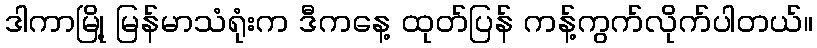
ဒါကာမြို့ မြန်မာသံရုံးက ဒီကနေ့ ထုတ်ပြန် ကန့်ကွက်လိုက်ပါတယ်။